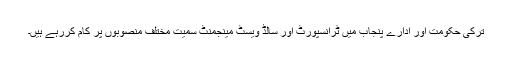
ترکی حکومت اور ادارے پنجاب میں ٹرانسپورٹ اور سالڈ ویسٹ مینجمنٹ سمیت مختلف منصوبوں پر کام کررہے ہیں۔